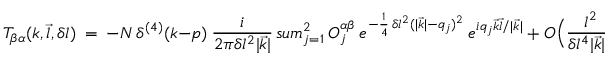
{ \cal T } _ { \beta \alpha } ( k , \vec { l } , \delta l ) \ = \ - { \cal N } \, \delta ^ { ( 4 ) } ( k - p ) \ \frac { i } { 2 \pi \delta l ^ { 2 } | \vec { k } | } \, s u m _ { j = 1 } ^ { 2 } \ O _ { j } ^ { \alpha \beta } \ e ^ { - \frac { 1 } { 4 } \, \delta l ^ { 2 } ( | \vec { k } | - q _ { j } ) ^ { 2 } } \ e ^ { i q _ { j } \vec { k } \vec { l } / | \vec { k } | } \ + \ { \cal O } \Big ( \frac { l ^ { 2 } } { \delta l ^ { 4 } | \vec { k } | ^ { 2 } } \, \Big ) \ ,